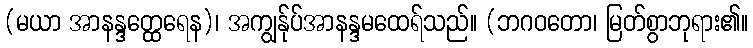
(မယာ အာနန္ဒတ္ထေရေန)၊ အကျွန်ုပ်အာနန္ဒမထေရ်သည်။ (ဘဂဝတော၊ မြတ်စွာဘုရား၏။